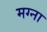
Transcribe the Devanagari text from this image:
मग्ना